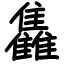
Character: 雥